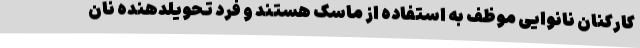
کارکنان نانوایی موظف به استفاده از ماسک هستند و فرد تحویلدهنده نان